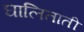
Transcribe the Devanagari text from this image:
घालिताती